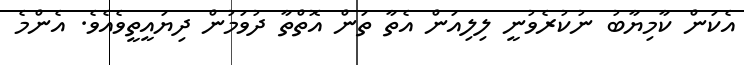
އެކަން ކާމިޔާބު ނުކުރެވުނީ ލިލިއަން އެތާ ތަން އޮތްތާ ދުވަމުން ދިޔައީތީވެއެވެ. އެންމެ